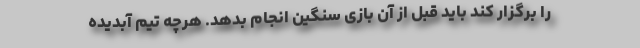
را برگزار کند باید قبل از آن بازی سنگین انجام بدهد. هرچه تیم آبدیده